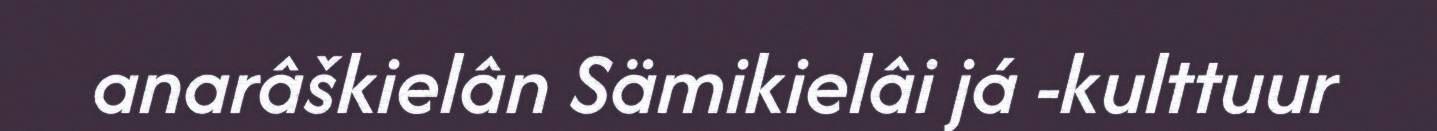
anarâškielân Sämikielâi já -kulttuur